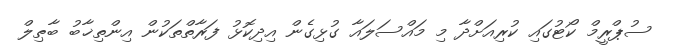
ސުޕްރީމް ކޯޓުގައި ކުރިއަށްދާ މި މައްސަލައާ ގުޅިގެން އިދިކޮޅު ފަރާތްތަކުން އިންތިޚާބު ބާޠިލް